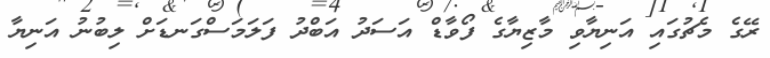
ރޭގެ މެޗުގައި އަނިޔާވި މާޒިޔާގެ ފޯވާޑް އަސަދު އަބްދު ފަލަމަސްގަނޑަށް ލިބުނު އަނިޔާ